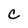
Character: C